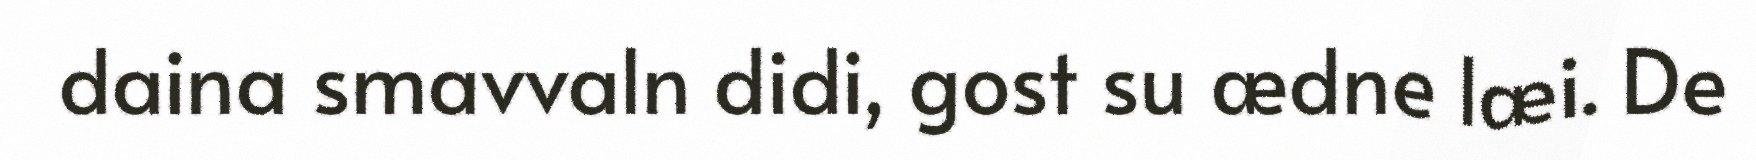
daina smavvaln didi, gost su ædne læi. De